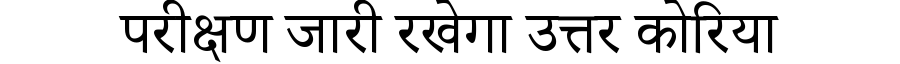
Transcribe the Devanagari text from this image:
परीक्षण जारी रखेगा उत्तर कोरिया